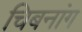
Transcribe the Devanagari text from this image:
चिबनांग